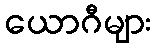
ယောဂီများ